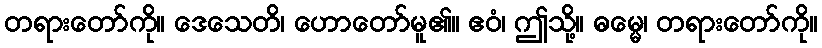
တရားတော်ကို။ ဒေသေတိ၊ ဟောတော်မူ၏။ ဧဝံ၊ ဤသို့။ ဓမ္မေ၊ တရားတော်ကို။